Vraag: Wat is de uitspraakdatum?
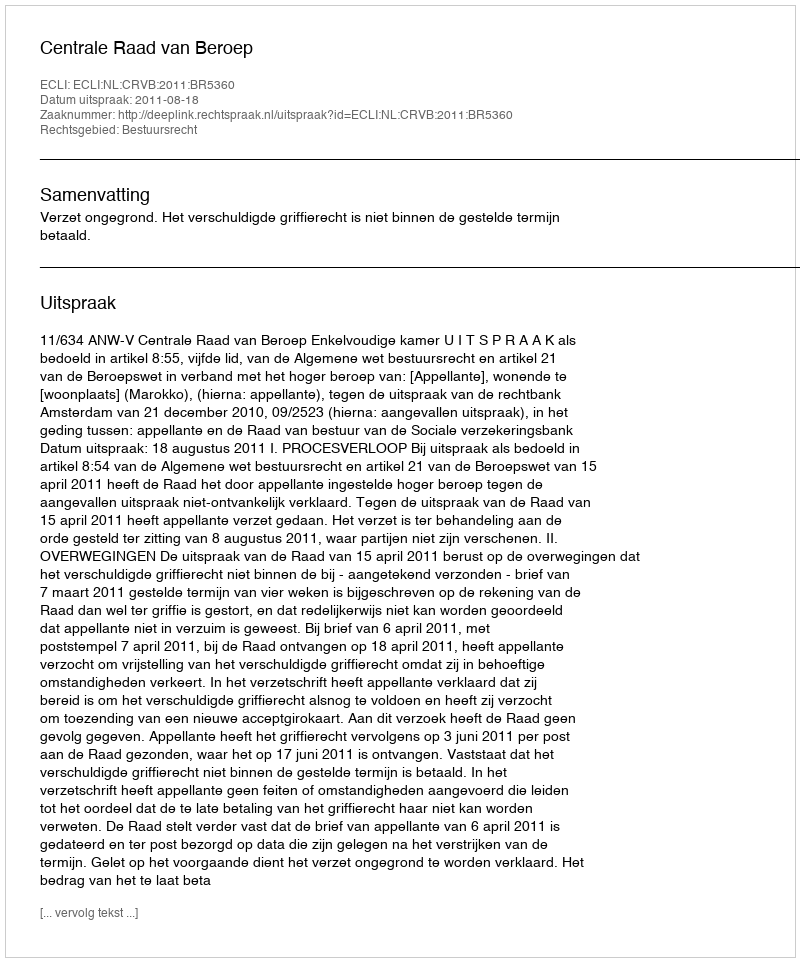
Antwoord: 2011-08-18